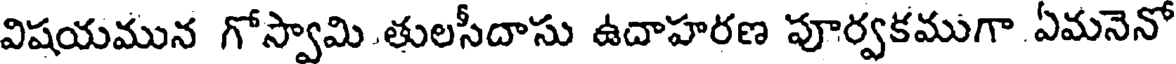
విషయమున గోస్వామి తులసీదాసు ఉదాహరణ పూర్వకముగా ఏమనెనో